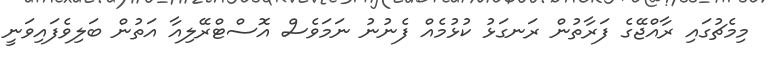
މިމެޗުގައި ރާއްޖޭގެ ފަރާތުން ރަނގަޅު ކުޅުމެއް ފެނުނު ނަމަވެސް އޮސްޓްރޭލިއާ އަތުން ބަލިވެފައިވަނީ